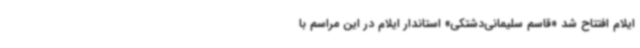
ایلام افتتاح شد «قاسم سلیمانی‌دشتکی» استاندار ایلام در این مراسم با